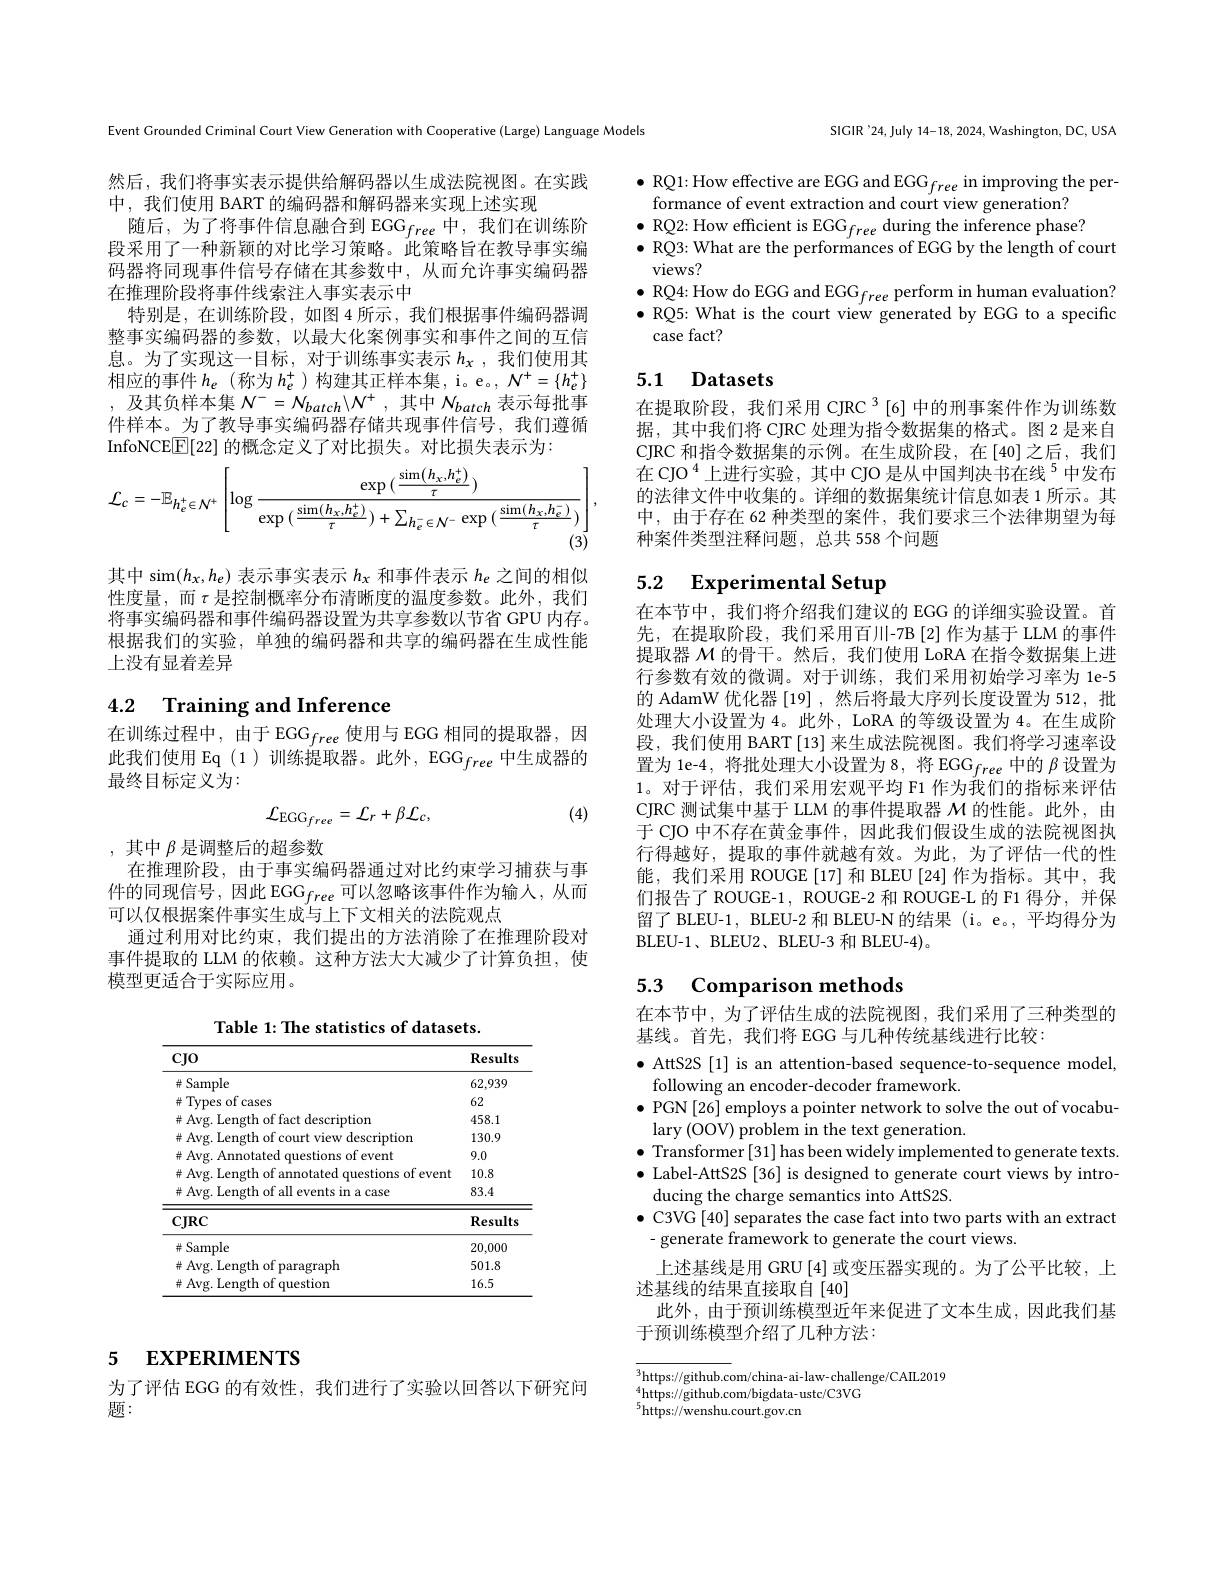
Event Grounded Criminal Court View Generation with Cooperative (Large) Language Models

然后，我们将事实表示提供给解码器以生成法院视图。在实践
中，我们使用 BART 的编码器和解码器来实现上述实现
随后，为了将事件信息融合到 EGG$_free$中，我们在训练阶段采用了一种新颖的对比学习策略。此策略旨在教导事实编码器将同现事件信号存储在其参数中，从而允许事实编码器在推理阶段将事件线索注人事实表示中
特别是，在训练阶段，如图 4 所示，我们根据事件编码器调整事实编码器的参数，以最大化案例事实和事件之间的互信息。为了实现这一目标，对于训练事实表示$h_x$ ,我们使用其相应的事件$h_e$ (称为$h_e^+$)构建其正样本集，i。e。, $N^+=\{h_e^+\}$ ,及其负样本集$N^-=N_{batch}\backslash N^+$,其中$N_{batch}$表示每批事件样本。为了教导事实编码器存储共现事件信号，我们遵循InfoNCE$\boxed{\mathbb{E}}[22]$的概念定义了对比损失。对比损失表示为：
$$\mathcal{L}_{c}=-\mathbb{E}_{h_{e}^{+}\in\mathcal{N}^{+}}\left[\log\frac{\exp{(\frac{\sin\left(h_{x},h_{e}^{+}\right)}{\tau})}}{\exp{(\frac{\sin(h_{x},h_{e}^{+})}{\tau})}+\sum_{h_{e}^{-}\in\mathcal{N}^{-}}\exp{(\frac{\sin(h_{x},h_{e}^{-})}{\tau})}}\right],$$
其中 sim$(h_x,h_e)$表示事实表示$h_x$和事件表示$h_e$之间的相似性度量，而$\tau$是控制概率分布清晰度的温度参数。此外，我们将事实编码器和事件编码器设置为共享参数以节省 GPU 内存。根据我们的实验，单独的编码器和共享的编码器在生成性能上没有显着差异

### 4.2 Training and Inference

在训练过程中，由于 EGG$_free$使用与 EGG 相同的提取器，因此我们使用 Eq (1)训练提取器。此外，EGG$_free$中生成器的最终目标定义为：
$$\mathcal{L}_{\mathrm{EGG}_{free}}=\mathcal{L}_{r}+\beta\mathcal{L}_{c},$$
(4)

,其中$\beta$是调整后的超参数
在推理阶段，由于事实编码器通过对比约束学习捕获与事

件的同现信号，因此 EGG$_{free}$可以忽略该事件作为输人，从而
可以仅根据案件事实生成与上下文相关的法院观点
通过利用对比约束，我们提出的方法消除了在推理阶段对事件提取的 LLM 的依赖。这种方法大大减少了计算负担，使模型更适合于实际应用。

Table 1: The statistics of datasets.

<table>
	<tbody>
		<tr>
			<th>$CJ0$</th>
			<th>$\mathbf{Results}$</th>
		</tr>
		<tr>
			<td># Sample</td>
			<td>62,939</td>
		</tr>
		<tr>
			<td>花 vmes cases</td>
			<td>62</td>
		</tr>
		<tr>
			<td>拉 scrintiom</td>
			<td>458.1</td>
		</tr>
		<tr>
			<td>T10T</td>
			<td>130.9</td>
		</tr>
		<tr>
			<td>p***</td>
			<td>9.0</td>
		</tr>
		<tr>
			<td>event</td>
			<td>10.8</td>
		</tr>
		<tr>
			<td>$\#$ Avg. Length of all events in a case</td>
			<td>83.4</td>
		</tr>
		<tr>
			<td>$CJRC$</td>
			<td>$\mathbf{Results}$</td>
		</tr>
		<tr>
			<td># Sample</td>
			<td>20,000</td>
		</tr>
		<tr>
			<td>$\varsigma raph$ 花 $=Avo$</td>
			<td>501.8</td>
		</tr>
		<tr>
			<td>uestion 井 $\frac{1}{r}Av\varphi$</td>
			<td>16.5</td>
		</tr>
	</tbody>
</table>

## 5 EXPERIMENTS

为了评估 EGG 的有效性，我们进行了实验以回答以下研究问
题：

SIGIR'24,July 14-18, 2024, Washington, DC, USA

$\bullet$ RQ1: How effective are EGG and EGG$_free$ in improving the per-
formance of event extraction and court view generation?
$\bullet$RQ2: How efficient is EGG$_free$ during the inference phase?
$\bullet$ RQ3: What are the performances of EGG by the length of court
views?
$\bullet$ RQ4: How do EGG and EGG$_free$ perform in human evaluation? $\bullet$ RQ5: What is the court view generated by EGG to a specific case fact?

## 5.1 Datasets

在提取阶段，我们采用 CJRC $^{3}[6]$中的刑事案件作为训练数据，其中我们将 CJRC 处理为指令数据集的格式。图 2 是来自CJRC 和指令数据集的示例。在生成阶段，在[40]之后，我们在 CJO $^{4}$上进行实验，其中 CJO 是从中国判决书在线$^{5}$中发布的法律文件中收集的。详细的数据集统计信息如表 1 所示。其中，由于存在 62 种类型的案件，我们要求三个法律期望为每种案件类型注释问题，总共 558 个问题

## 5.2 $\textbf{Experimental Setup}$

在本节中，我们将介绍我们建议的 EGG 的详细实验设置。首先，在提取阶段，我们采用百川-7B[2]作为基于 LLM 的事件提取器$\mathcal{M}$的骨干。然后，我们使用 LoRA 在指令数据集上进行参数有效的微调。对于训练，我们采用初始学习率为 1e-5的 AdamW 优化器 [19] ,然后将最大序列长度设置为 512, 批处理大小设置为 4。此外，LoRA 的等级设置为 4。在生成阶段，我们使用 BART [13] 来生成法院视图。我们将学习速率设置为 1e-4, 将批处理大小设置为8，将 EGG$_free$中的$\beta$设置为1。对于评估，我们采用宏观平均 F1 作为我们的指标来评估CJRC 测试集中基于 LLM 的事件提取器$\mathcal{M}$的性能。此外，由于 CJO 中不存在黄金事件，因此我们假设生成的法院视图执行得越好，提取的事件就越有效。为此，为了评估一代的性能，我们采用 ROUGE[17] 和 BLEU[24] 作为指标。其中，我们报告了 ROUGE-1, ROUGE-2 和 ROUGE-L 的 F1 得分，并保留了 BLEU-1, BLEU-2 和 BLEU-N 的结果 (i。e。,平均得分为BLEU-1、BLEU2、BLEU-3 和 BLEU-4)。

## 5.3 Comparison methods

在本节中，为了评估生成的法院视图，我们采用了三种类型的
基线。首先，我们将 EGG 与几种传统基线进行比较：

$\bullet$ AttS2S [1] is an attention-based sequence-to-sequence model,
following an encoder-decoder framework.
$\bullet$ PGN[26] employs a pointer network to solve the out of vocabu-
lary (OOV) problem in the text generation.
$\bullet$ Transformer[31]has been widely implemented to generate texts. $\bullet$ Label-AttS2S [36] is designed to generate court views by intro-
ducing the charge semantics into AttS2S.
$\bullet$ C3VG [40] separates the case fact into two parts with an extract
- generate framework to generate the court views.
上述基线是用 GRU [4] 或变压器实现的。为了公平比较，上
述基线的结果直接取自[40]
此外，由于预训练模型近年来促进了文本生成，因此我们基
于预训练模型介绍了几种方法：

$\overline{^3\text{https://github.c}}$om/china- ai-law- challenge/CAIL20194Linde hind rati- ai- law- challenge/CAIL2019
$_{5}^4$https://github.com/bigdata-ustc/C3VG
$^{5}$https://wenshu.court.gov.cn